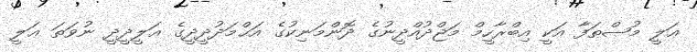
ޢަލީ މުޞްޠަފާ އަކީ އިބްރާހީމް މަޖްދުއްދީނުގެ ދޮންމަނިކުގެ އަޙްމަދުދީދީގެ ޢަލީދީދީ ނުވަތަ ޢަލީ